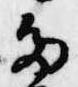
多